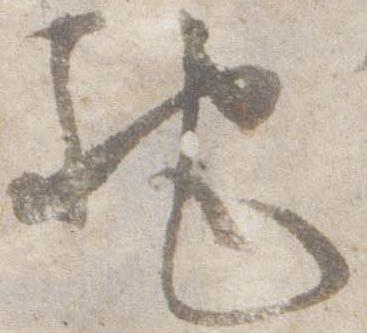
馳